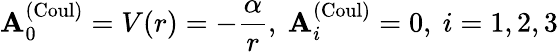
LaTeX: \mathbf{A}_{0}^{(\mathrm{{Coul}})}=V(r)=-\frac{\alpha}{r},\ \mathbf{A}_{i}^{(\mathrm{{Coul}})}=0,\ i=1,2,3